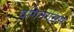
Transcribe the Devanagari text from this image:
वगिनोसिस